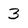
Character: 3